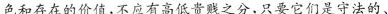
色和存在的价值，不应有高低啬贱之分，只要它们是守法的、